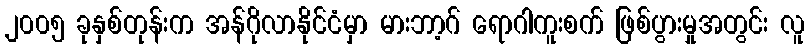
၂၀၀၅ ခုနှစ်တုန်းက အန်ဂိုလာနိုင်ငံမှာ မားဘာ့ဂ် ရောဂါကူးစက် ဖြစ်ပွားမှုအတွင်း လူ